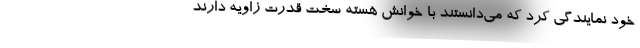
خود نمایندگی کرد که می‌دانستند با خوانش هسته سخت قدرت زاویه دارند